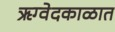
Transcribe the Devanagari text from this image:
ऋग्वेदकाळात